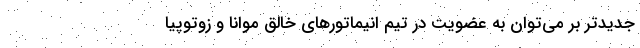
جدیدتر بر می‌توان به عضویت در تیم انیماتورهای خالق موانا و زوتوپیا